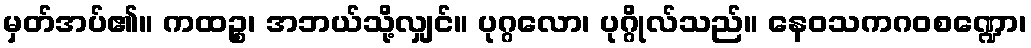
မှတ်အပ်၏။ ကထဉ္စ၊ အဘယ်သို့လျှင်။ ပုဂ္ဂလော၊ ပုဂ္ဂိုလ်သည်။ နေဝသကဂဝစဏ္ဍော၊